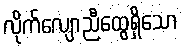
လိုက်လျောညီထွေရှိသော